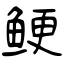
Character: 鲠